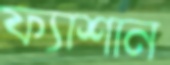
ফ্যাশান